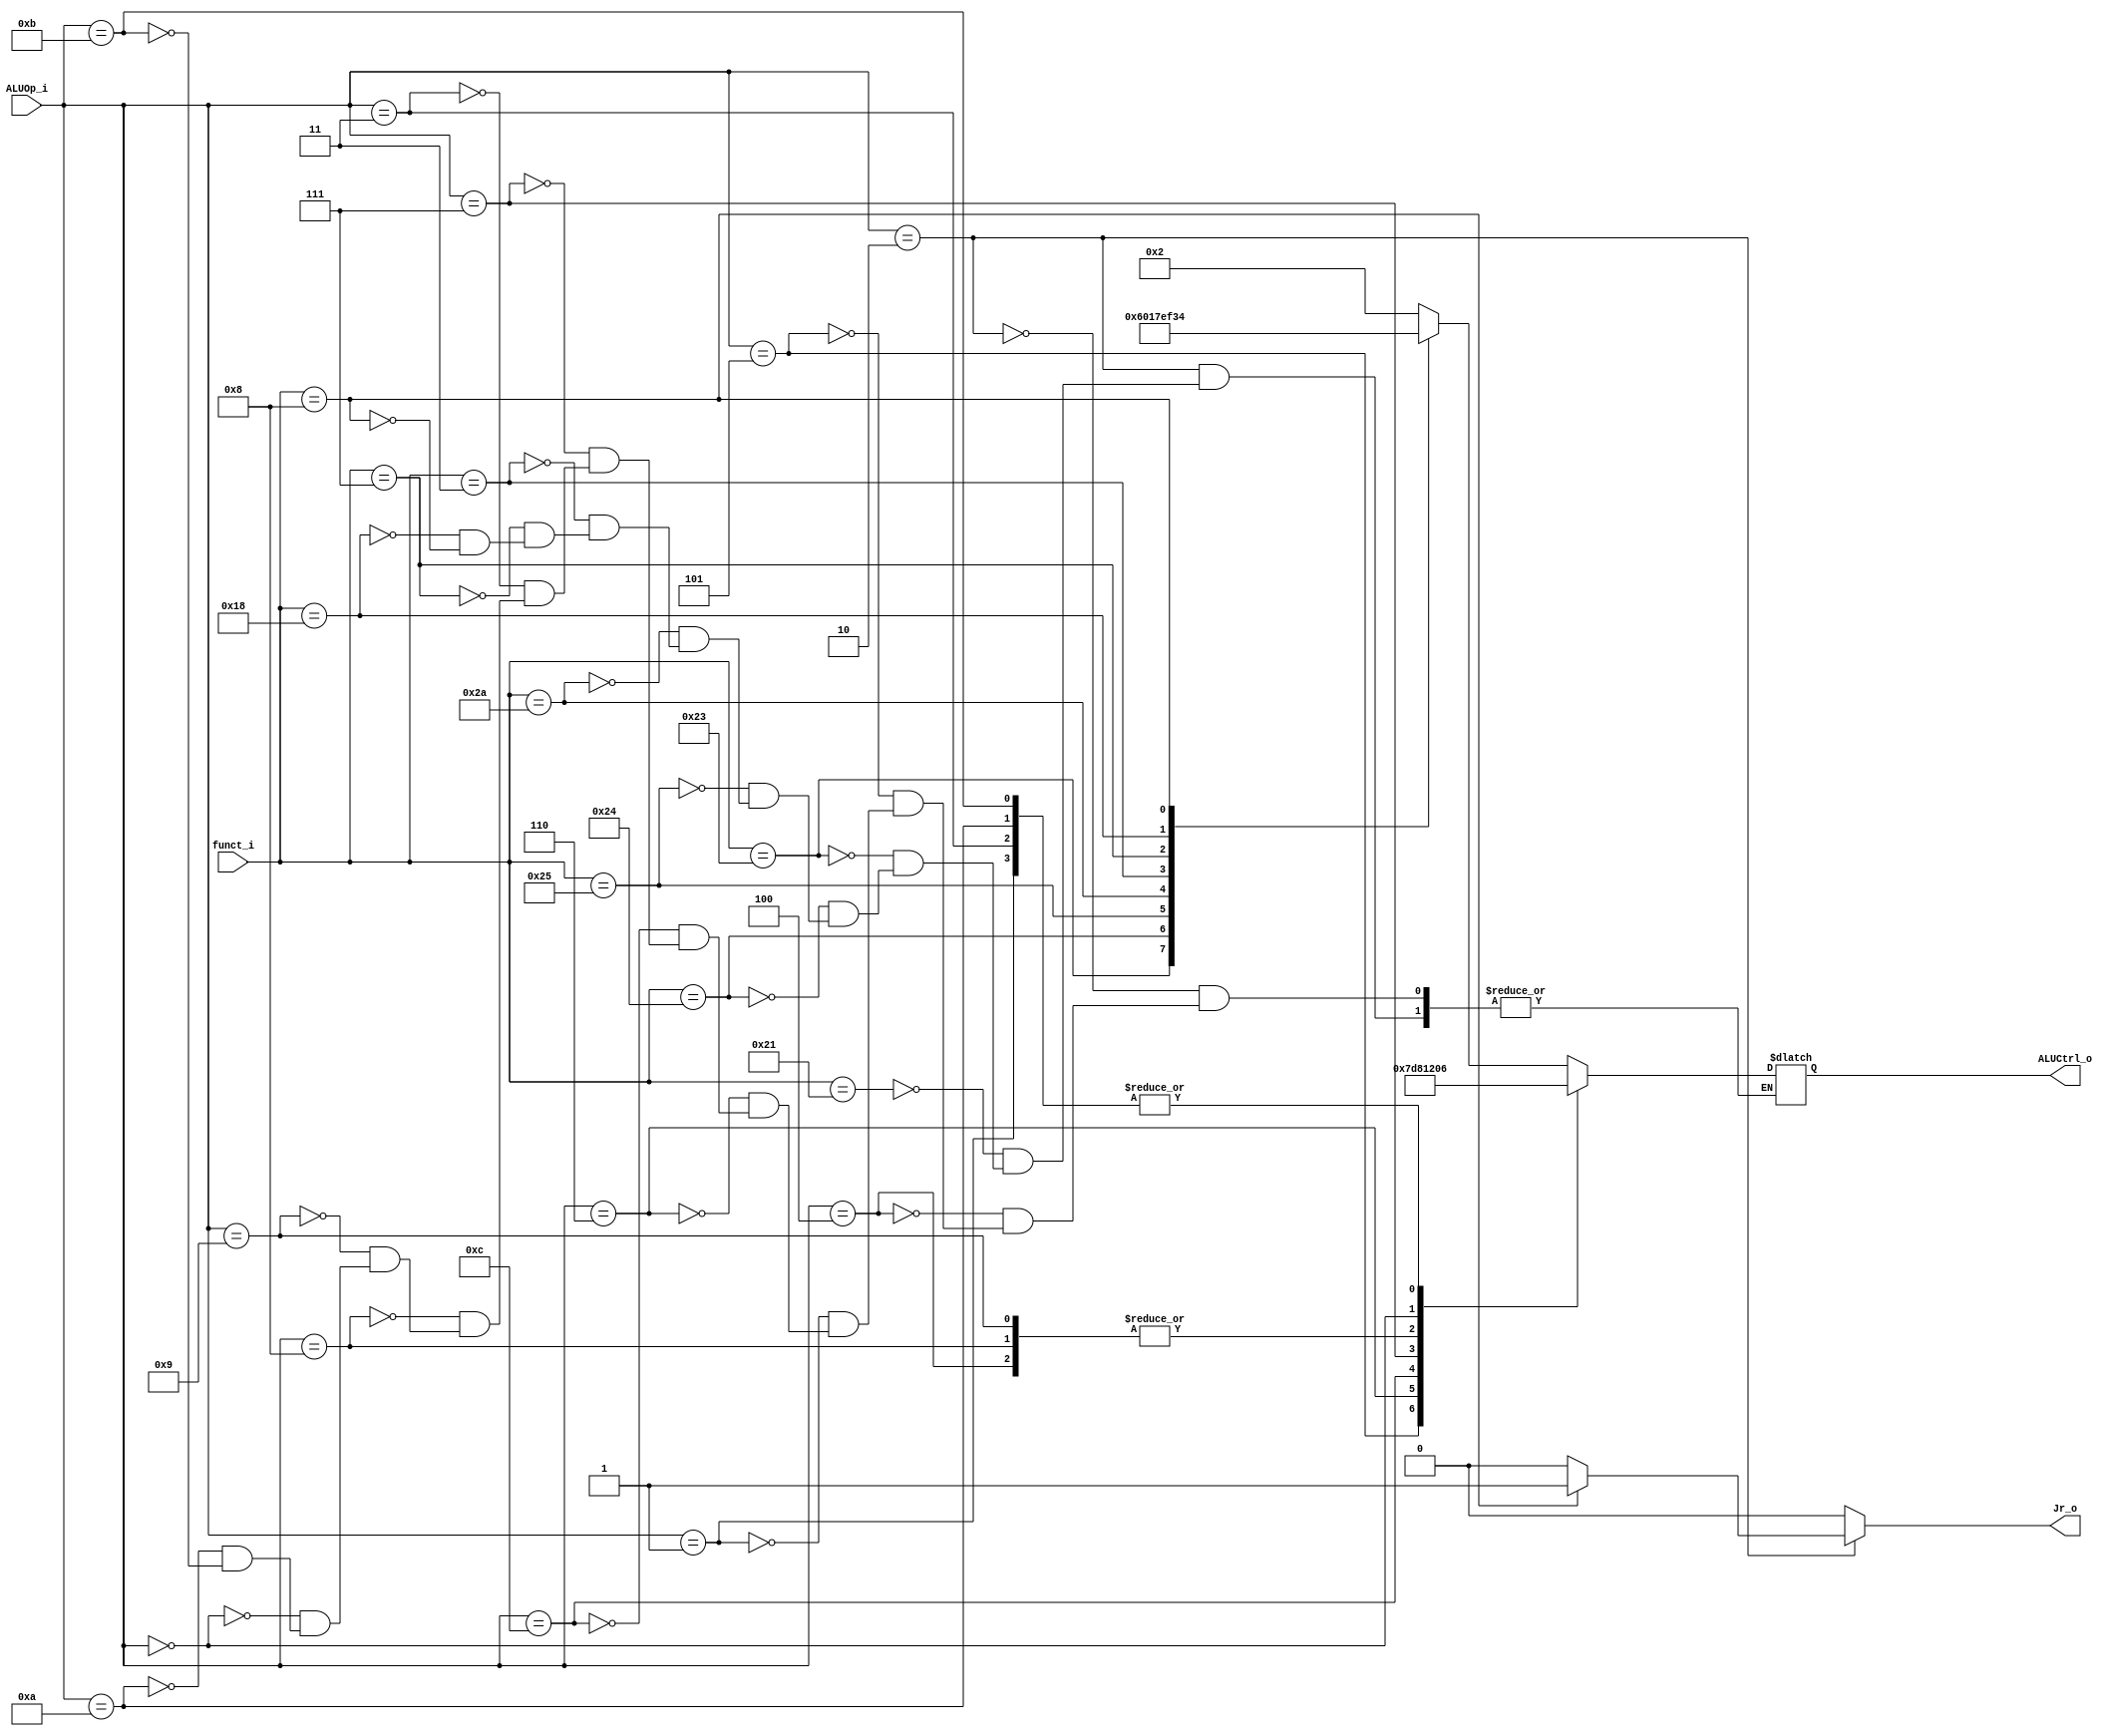
`timescale 1ns / 1ps
//Subject:     CO project 3 - ALU Controller
//--------------------------------------------------------------------------------
//Version:     1
//--------------------------------------------------------------------------------
//Writer:      0510002 K 0510009 i
//--------------------------------------------------------------------------------
//--------------------------------------------------------------------------------
//Description: 
//--------------------------------------------------------------------------------

module ALU_Ctrl(
    funct_i,    //6 bit funct_i   (input)
    ALUOp_i,    //4 bit ALUOp_i   (input)
    ALUCtrl_o,  //4 bit ALUCtrl_o (output)
    Jr_o        //1 bit Jr_o      (output)
    );
          
//I/O ports 
input      [5:0] funct_i;
input      [3:0] ALUOp_i;

output     [3:0] ALUCtrl_o; 
output           Jr_o;
     
//Internal Signals
reg        [3:0] ALUCtrl_o;
reg              Jr_o;
       
//Select exact operation
always@ (*) begin
	Jr_o <= 0;
	case (ALUOp_i)
		4'b0010: begin
			case (funct_i)
				6'b100001: ALUCtrl_o <= 4'b0010;  //addu
				6'b100011: ALUCtrl_o <= 4'b0110;  //subu
				6'b100100: ALUCtrl_o <= 4'b0000;  //and
				6'b100101: ALUCtrl_o <= 4'b0001;  //or
				6'b101010: ALUCtrl_o <= 4'b0111;  //slt
				6'b000011: ALUCtrl_o <= 4'b1110;  //sra
				6'b000111: ALUCtrl_o <= 4'b1111;  //srav
				6'b011000: ALUCtrl_o <= 4'b0011;  //mul
				6'b001000: begin                  //jr
					ALUCtrl_o <= 4'b0100;
					Jr_o <= 1;
				end
			endcase
		end
		4'b0100: ALUCtrl_o <= 4'b0010;  //addi
		4'b0101: ALUCtrl_o <= 4'b0111;  //sltiu
		4'b0001: ALUCtrl_o <= 4'b0110;  //beq
		4'b0110: ALUCtrl_o <= 4'b1101;  //lui
		4'b1100: ALUCtrl_o <= 4'b1000;  //li
		4'b0111: ALUCtrl_o <= 4'b0001;  //ori
		4'b0011: ALUCtrl_o <= 4'b0110;  //bne, bnez
		4'b1000: ALUCtrl_o <= 4'b0010;  //lw
		4'b1001: ALUCtrl_o <= 4'b0010;  //sw
		4'b0000: ALUCtrl_o <= 4'b0000;  //j, jal, nop
		4'b1010: ALUCtrl_o <= 4'b0110;  //ble
		4'b1011: ALUCtrl_o <= 4'b0110;  //bltz
	endcase
end

endmodule